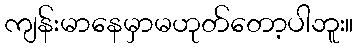
ကျန်းမာနေမှာမဟုတ်တော့ပါဘူး။